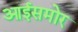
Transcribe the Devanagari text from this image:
आईसमोर